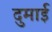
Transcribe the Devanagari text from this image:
दुमाई